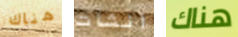
هناك انشات هناك